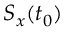
S _ { x } ( t _ { 0 } )